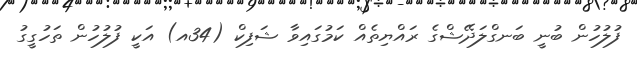
ފުލުހުން ބުނީ ބަނގްލަދޭޝްގެ ރައްޔިތެއް ކަމުގައިވާ ޝަފިކް (34އ) އަކީ ފުލުހުން ތަހުގީގު